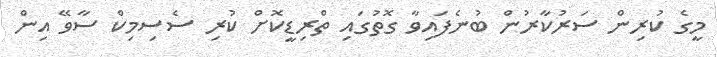
މީގެ ކުރިން ސަރުކާރުން ބުނެފައިވާ ގޮތުގައި ތްރިޑީކޮށް ކުރި ސެސިމިކް ސާވޭ އިން